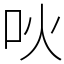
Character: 吙